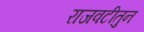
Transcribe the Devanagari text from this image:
राजवटीतुन